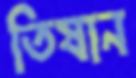
তিষান